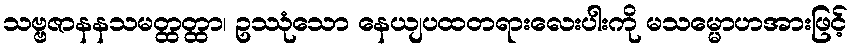
သဗ္ဗဇာနနသမတ္ထတ္ထာ၊ ဥဿုံသော နေယျပထတရားလေးပါးကို မသမ္မောဟအားဖြင့်